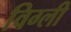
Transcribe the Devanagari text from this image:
विग्ली